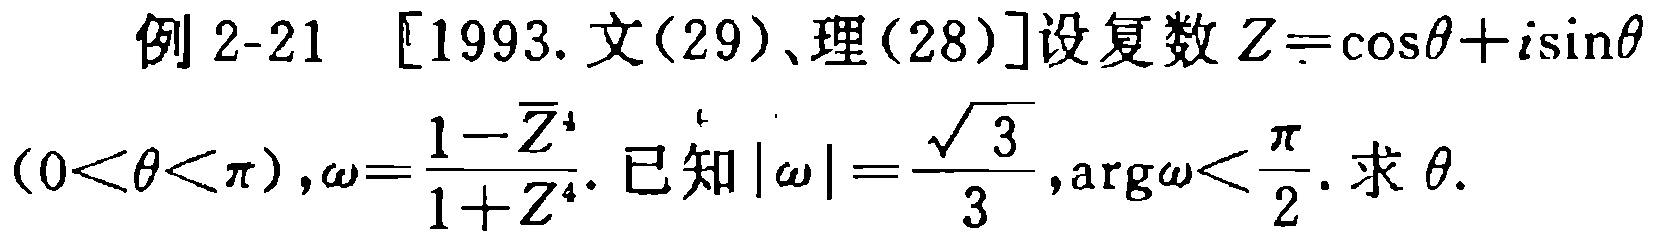
例 2-21 [1993. 文(29)、理(28)]设复数\(Z = \cos\theta + i\sin\theta\) \((0<\theta<\pi)\)，\(\omega=\frac{1 - \overline{Z}^{4}}{1 + Z^{4}}\)。已知\(|\omega|=\frac{\sqrt{3}}{3}\)，\(\text{arg}\omega<\frac{\pi}{2}\)。求\(\theta\)。